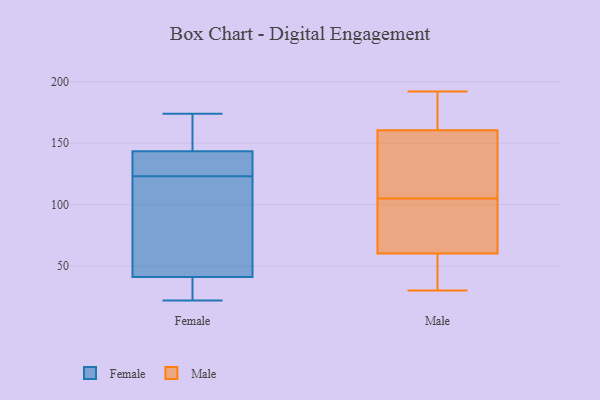
{"axis": {"x": "Revenue (USD Million)", "y": "Value"}, "legend": ["Female", "Male"], "data": [{"x": "", "y": 129, "type": "Female"}, {"x": "", "y": 35, "type": "Female"}, {"x": "", "y": 27, "type": "Female"}, {"x": "", "y": 145, "type": "Female"}, {"x": "", "y": 56, "type": "Female"}, {"x": "", "y": 143, "type": "Female"}, {"x": "", "y": 115, "type": "Female"}, {"x": "", "y": 43, "type": "Female"}, {"x": "", "y": 136, "type": "Female"}, {"x": "", "y": 122, "type": "Female"}, {"x": "", "y": 24, "type": "Female"}, {"x": "", "y": 156, "type": "Female"}, {"x": "", "y": 174, "type": "Female"}, {"x": "", "y": 123, "type": "Female"}, {"x": "", "y": 22, "type": "Female"}, {"x": "", "y": 146, "type": "Female"}, {"x": "", "y": 133, "type": "Female"}, {"x": "", "y": 85, "type": "Male"}, {"x": "", "y": 58, "type": "Male"}, {"x": "", "y": 105, "type": "Male"}, {"x": "", "y": 30, "type": "Male"}, {"x": "", "y": 187, "type": "Male"}, {"x": "", "y": 152, "type": "Male"}, {"x": "", "y": 35, "type": "Male"}, {"x": "", "y": 192, "type": "Male"}, {"x": "", "y": 61, "type": "Male"}, {"x": "", "y": 186, "type": "Male"}, {"x": "", "y": 125, "type": "Male"}, {"x": "", "y": 65, "type": "Male"}, {"x": "", "y": 118, "type": "Male"}]}